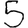
Digit: 5